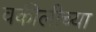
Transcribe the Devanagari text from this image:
वकीलीच्या